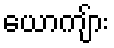
ယောကျ်ား